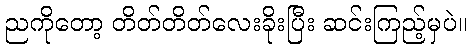
ညကိုတော့ တိတ်တိတ်လေးခိုးပြီး ဆင်းကြည့်မှပဲ။